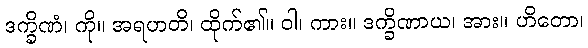
ဒက္ခိဏံ၊ ကို။ အရဟတိ၊ ထိုက်၏။ ဝါ၊ ကား။ ဒက္ခိဏာယ၊ အား။ ဟိတော၊